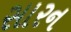
સારન